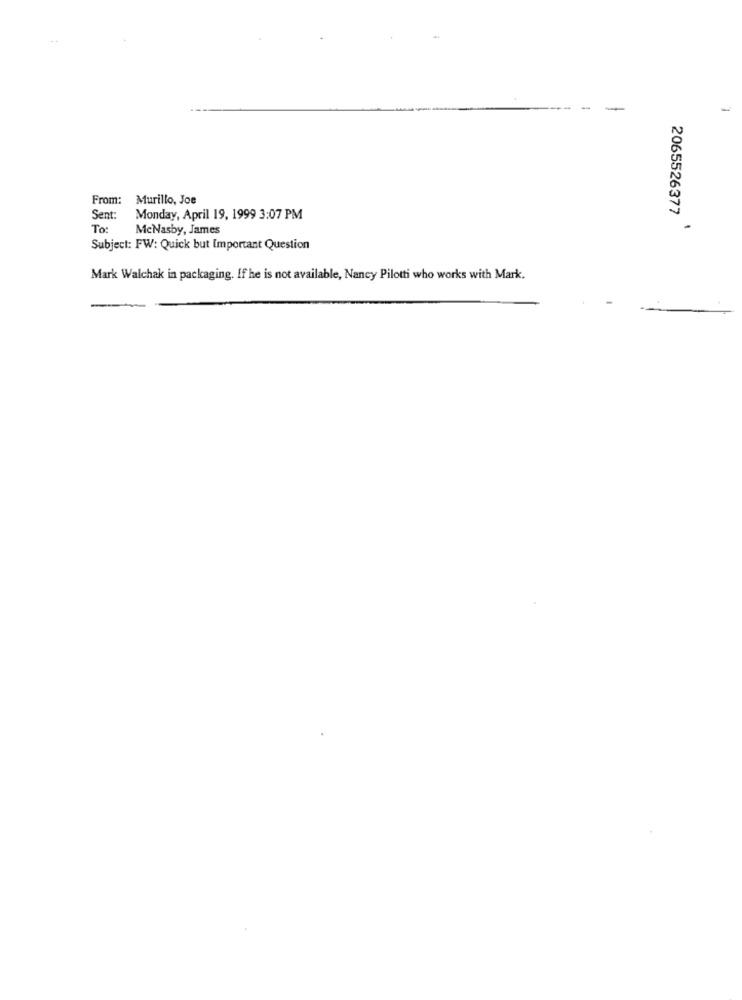
--
-
From: Murillo, Joe
Sent:
Monday, April 19, 1999 3:07 PM
2065526377
To:
McNasby, James
-
Subject: FW: Quick but Important Question
Mark Walchak in packaging. If he is not available, Nancy Pilotti who works with Mark.